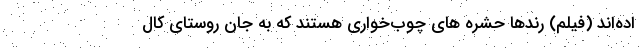
اده‌اند (فیلم) رندها حشره های چوب‌خواری هستند که به جان روستای کال